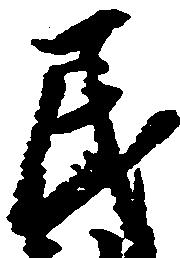
民